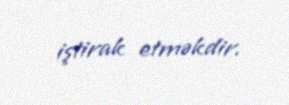
iştirak etməkdir.